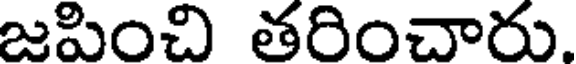
జపించి తరించారు.